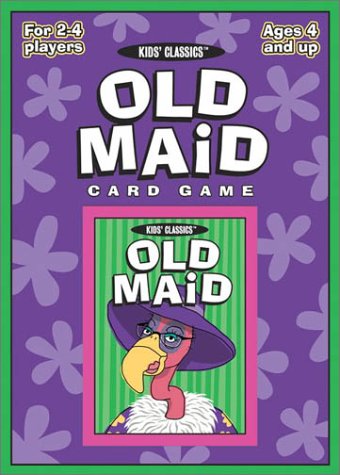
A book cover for Old Maid (Kids Classics Card Games); Wendy Boccuzzi; Humor & Entertainment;